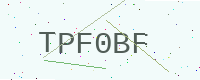
Text: TPF0BF